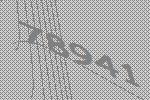
78941